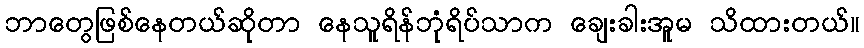
ဘာတွေဖြစ်နေတယ်ဆိုတာ နေသူရိန်ဘုံရိပ်သာက ချေးခါးအူမ သိထားတယ်။